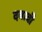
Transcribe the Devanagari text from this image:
दबावी